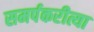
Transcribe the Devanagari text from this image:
समर्पकरीत्या